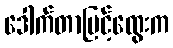
ဒေါက်တာမြင့်ထွေးက